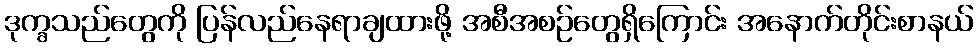
ဒုက္ခသည်တွေကို ပြန်လည်နေရာချထားဖို့ အစီအစဉ်တွေရှိကြောင်း အနောက်တိုင်းစာနယ်